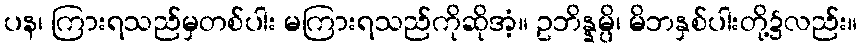
ပန၊ ကြားရသည်မှတစ်ပါး မကြားရသည်ကိုဆိုအံ့။ ဥဘိန္နမ္ပိ၊ မိဘနှစ်ပါးတို့၌လည်း။